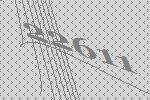
22611